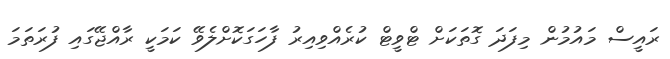
ރައީސް މައުމުން މިފަދަ ގޮތަކަށް ޓްވީޓް ކުރެއްވިއިރު ފާހަގަކޮށްލެވޭ ކަމަކީ ރާއްޖޭގައި ފުރަތަމަ